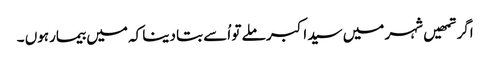
اگر تمھیں شہر میں سید اکبر ملے تو اُسے بتا دینا کہ میں بیمارہوں ۔